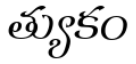
త్యుకం